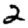
Digit: 2